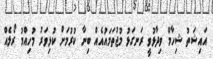
އައިޝަތު ޝިހާމް ވިދާޅުވީ ރަނގަޅު މުޖުތަމައުއެއް ބިނާ ކުރުމަށް ކުޅިވަރު މުހިއްމު ރޯލެއް